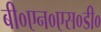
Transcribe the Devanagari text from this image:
बी०एन०एस०डी०